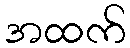
အထက်